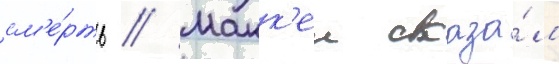
см'е́рть // Макк'еи сказа́л